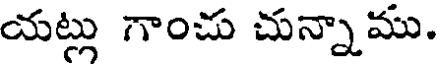
యట్లు గాంచు చున్నాము.